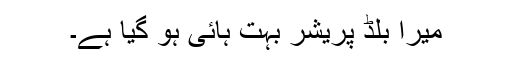
میرا بلڈ پریشر بہت ہائی ہو گیا ہے۔